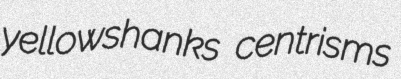
yellowshanks centrisms